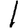
Digit: 1